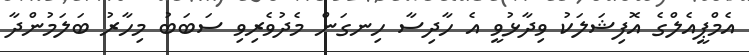
އެމްޕީއެލްގެ އޮފިޝަލަކު ވިދާޅުވީ އެ ހާދިސާ ހިނގަން މެދުވެރިވި ސަބަބު މިހާރު ބަލަމުންދާ